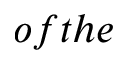
o f t h e